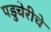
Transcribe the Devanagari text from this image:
पडुचेरीचे